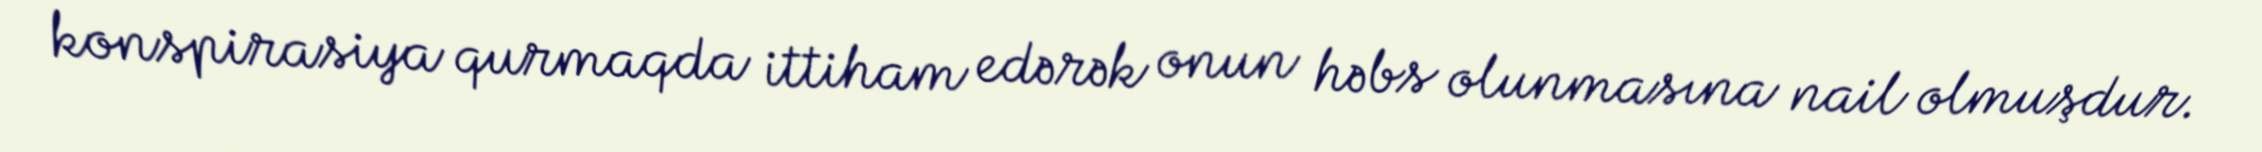
konspirasiya qurmaqda ittiham edərək onun həbs olunmasına nail olmuşdur.